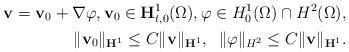
LaTeX: \begin{align*}\mathbf{v} = \mathbf{v}_{0} + \nabla \varphi, \mathbf{v}_{0} \in \mathbf{H}^{1}_{t,0}(\Omega),\varphi \in H_{0}^{1}(\Omega)\cap H^{2}(\Omega), \\\Vert \mathbf{v}_{0} \Vert_{\mathbf{H}^{1}} \leq C\Vert \mathbf{v} \Vert_{\mathbf{H}^{1}}, \;\; \Vert\varphi\Vert_{H^{2}} \leq C \Vert \mathbf{v} \Vert_{\mathbf{H}^{1}}.\end{align*}